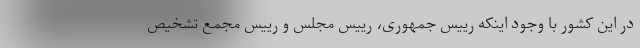
در این کشور با وجود اینکه رییس جمهوری، رییس مجلس و رییس مجمع تشخیص